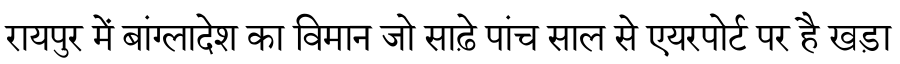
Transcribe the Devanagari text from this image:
रायपुर में बांग्लादेश का विमान जो साढ़े पांच साल से एयरपोर्ट पर है खड़ा